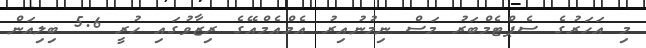
މި އަހަރުގެ ސެޕްޓެމްބަރު މަސް ނިމުނުއިރު އެމްއެމްއޭގެ ރިޒާވުގައި ހުރީ 5.6 ބިލިއަން